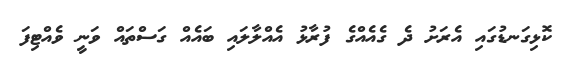
ކޮޅިގަނޑުގައި އެރަށު ދެ ގެއެއްގެ ފުރާޅު އެއްލާލައި ބައެއް ގަސްތައް ވަނީ ވެއްޓިފަ